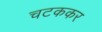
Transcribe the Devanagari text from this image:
चटककर